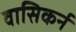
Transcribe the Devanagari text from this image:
वासिकर्न